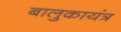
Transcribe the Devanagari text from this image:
बालुकायंत्र